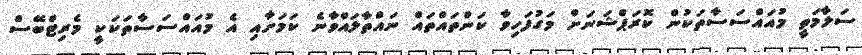
ސަލާމަތީ މުއައްސަސާތަކުން ކޮރަޕްޝަނަށް މަގުފަހިވާ ކަންތައްތައް ނައްތާލައްވާނެ ކަމަށާއި އެ މުއައްސަސާތަކަކީ މެރިޓްބޭސް